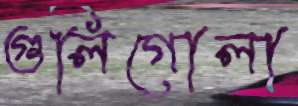
গুলিগোলা